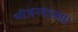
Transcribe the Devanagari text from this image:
भोजनशाला।